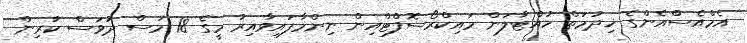
އެމްއެސްއެންގެ ޚިދުމަތް ހުއްޓާލަން މައިކްރޯސޮފްޓްއިން ނިންމާފައިވާއިރު މީގެ 18 މަސް ދުވަސް ކުރިން